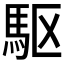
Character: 駆